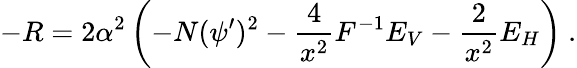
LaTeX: -R=2\alpha^{2}\left(-N(\psi^{\prime})^{2}-{\frac{4}{x^{2}}}F^{-1}E_{V}-{\frac{2}{x^{2}}}E_{H}\right)\ .